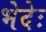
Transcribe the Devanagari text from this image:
भेदेः